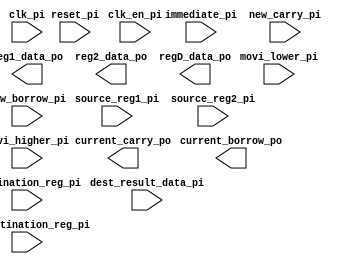
`timescale 1ns/1ns

module regfile (
		 input 	       clk_pi,
		 input 	       clk_en_pi,
		 input 	       reset_pi,
		 
		 // Source Register data for 1 and 2 register operations
		 input [2:0]   source_reg1_pi,
		 input [2:0]   source_reg2_pi,
		 
		 // Destination register and write back command/data for operations that write to a register
		 input [2:0]   destination_reg_pi,
		 input 	       wr_destination_reg_pi,
		 input [15:0]  dest_result_data_pi,
		 		 
		 // Move immediate commands and data.
		 input 	       movi_lower_pi,
		 input 	       movi_higher_pi,
		 input [7:0]   immediate_pi,

		 input 	       new_carry_pi,
		 input 	       new_borrow_pi, 

		 output [15:0] reg1_data_po,
		 output [15:0] reg2_data_po,

		 // Source register data for STORE operations. Indexed on destination_reg input
		 output [15:0]  regD_data_po, 
		 output        current_carry_po,
		 output        current_borrow_po
	 );

parameter NUM_REG = 8;

//  Define the register file "REG_FILE" of "NUM_REG" registers. Each register is 16-bits wide  and type "reg".
//  Define a 1 bit "reg" variable CARRY_FLAG and a 1-bit "reg" variable BORROW_FLAG.
//  (Since these are variables that are internal to your module you could give them any names you like.)
   
//   The REG_FILE will implement the 8 registers $0 through $7 of your processor.
//   The CARRY_FLAG and BORROW_FLAG are used to save the carry_out and borrow_out signals output from the ALU, and provide
//   the current carry_in and borrow_in values to the ALU.
   

   

   integer 		       i;  // Used in "for loop (see below)
    

   // Use "assign" statements to set the output port variables of this  (i.e."regfile") module.
   // For convenience, all output port variables have the suffix "_po" and inpput port variables the suffic "_pi".
 




   
   // Code up the logic for updating the components of  regfile using an "always" block triggered by the positive edge 
   // of the clock signal "clock_pi"

   
   /* Reset Code */
   
   // The "reset_pi" signal should act as a synchronous reset to initialize the carry and borrow flags to 0, and to
   // initialize the registers of the register file as described below.

   // You must initialize register $i to the value "i". 
   // That is, register $0 is initialized to 0, register $1 to value 1, and so on.
   // In an actual processor, the reset signal would usually initialize all registers to the value 0. 
   // By setting it to some other known number, we can run tests with non-zero initial values for the registers.
   
   // Since this module is parameterized use a "for" loop with the loop index variable "i". There is no need for any
   // "generate" or "end generate" statements.


   
   /* Main Code */ 

   // When the reset signal  is de-asserted   and the "clk_en_pi" input is TRUE,
   // the carry and borrow flags must be updated.
   
   // If "clk_en_pi" is TRUE and the write enable signal ("wr_destination_reg_pi") is asserted,
   // the specified register in the register file must be updated with the appropriate input 
   // data.
   
  


endmodule